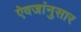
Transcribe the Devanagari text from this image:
ऐवजांनुसार